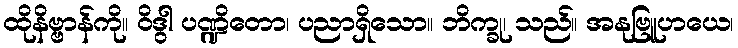
ထိုနိဗ္ဗာန်ကို။ ဝိဒွါ ပဏ္ဍိတော၊ ပညာရှိသော။ ဘိက္ခု၊ သည်။ အနုဗြူဟယေ၊